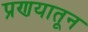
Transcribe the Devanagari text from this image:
प्रणयातून